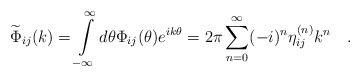
\begin{align*}\widetilde{\Phi }_{ij}(k)=\int\limits_{-\infty }^{\infty }d\theta \Phi_{ij}(\theta )e^{ik\theta }=2\pi \sum_{n=0}^{\infty }(-i)^{n}\eta_{ij}^{(n)}k^{n}\quad . \end{align*}